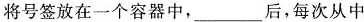
将号签放在一个容器中，___后，每次从中